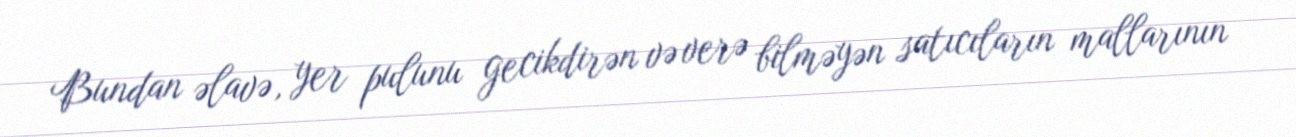
Bundan əlavə, yer pulunu gecikdirən və verə bilməyən satıcıların mallarının